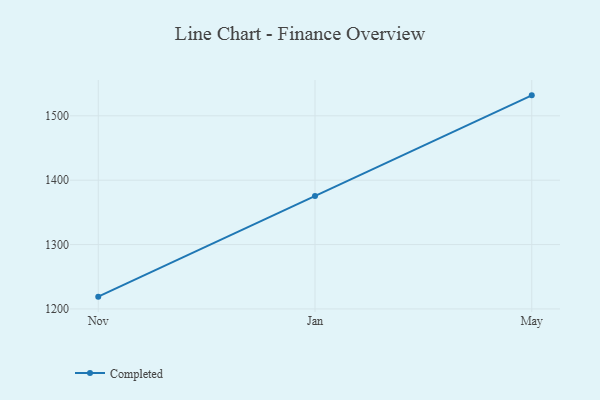
{"axis": {"x": "Month", "y": "Tickets Resolved"}, "legend": ["Completed"], "data": [{"x": "Nov", "y": 1219.1, "type": "Completed"}, {"x": "Jan", "y": 1375.3, "type": "Completed"}, {"x": "May", "y": 1531.8, "type": "Completed"}]}